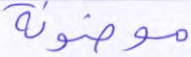
موضونة